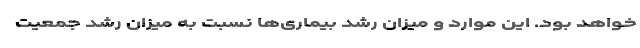
خواهد بود. این موارد و میزان رشد بیماری‌ها نسبت به میزان رشد جمعیت